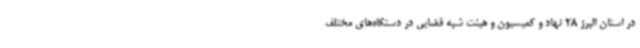
در استان البرز 28 نهاد و کمیسیون و هیئت شبه قضایی در دستگاه‌های مختلف